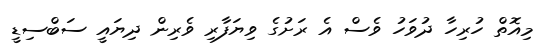
މިއޮތް ހުރިހާ ދުވަހު ވެސް އެ ރަށުގެ ވިޔަފާރި ވެރިން ދިޔައީ ސަބްސިޑީ